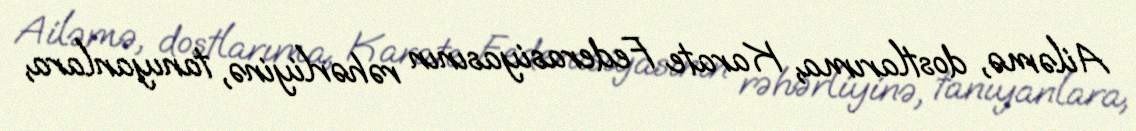
Ailəmə, dostlarıma, Karate Federasiyasının rəhərliyinə, tanıyanlara,